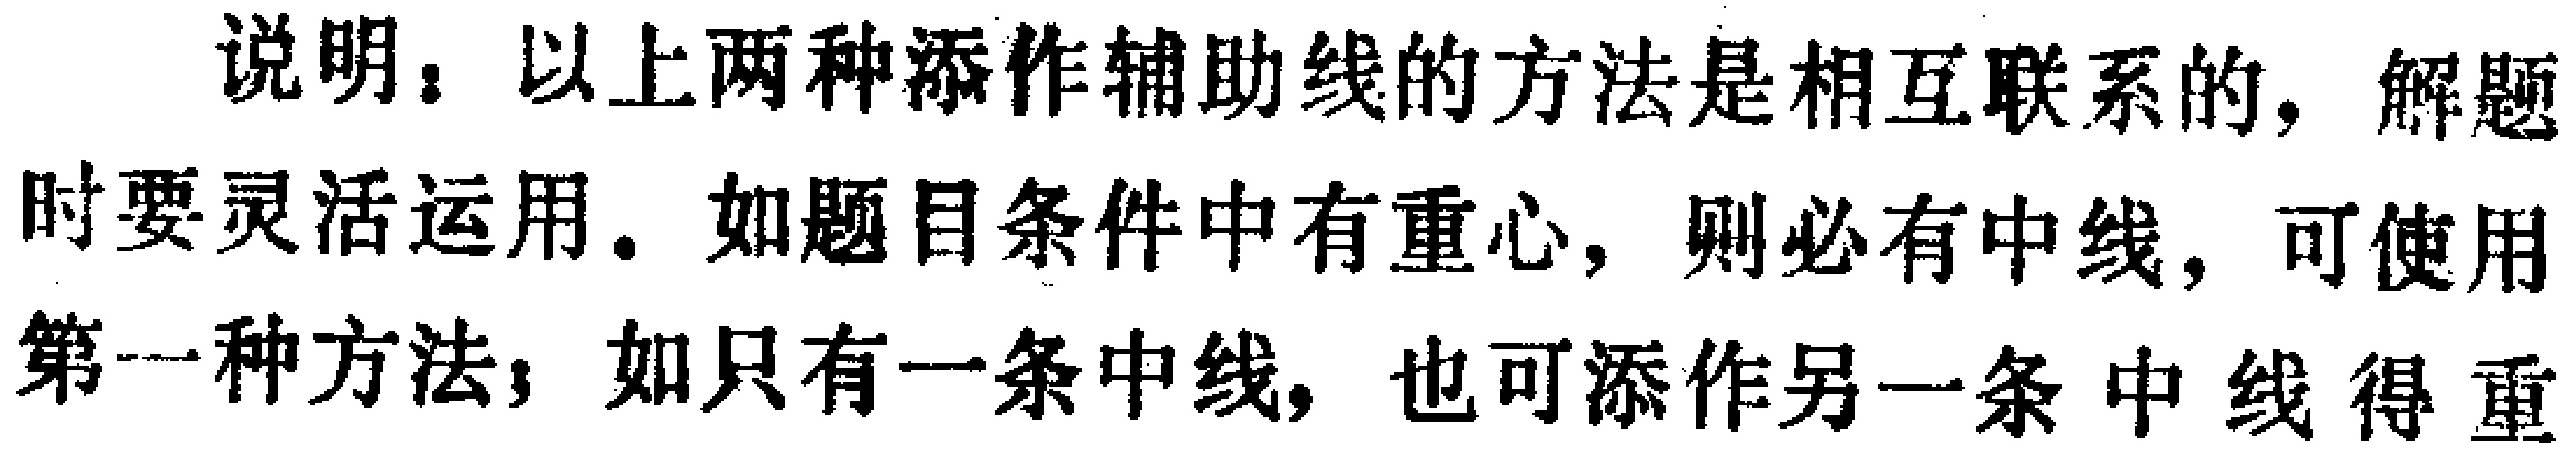
说明：以上两种添作辅助线的方法是相互联系的，解题时要灵活运用. 如题目条件中有重心，则必有中线，可使用第一种方法；如只有一条中线，也可添作另一条中线得重